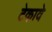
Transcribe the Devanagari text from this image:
टेकावे